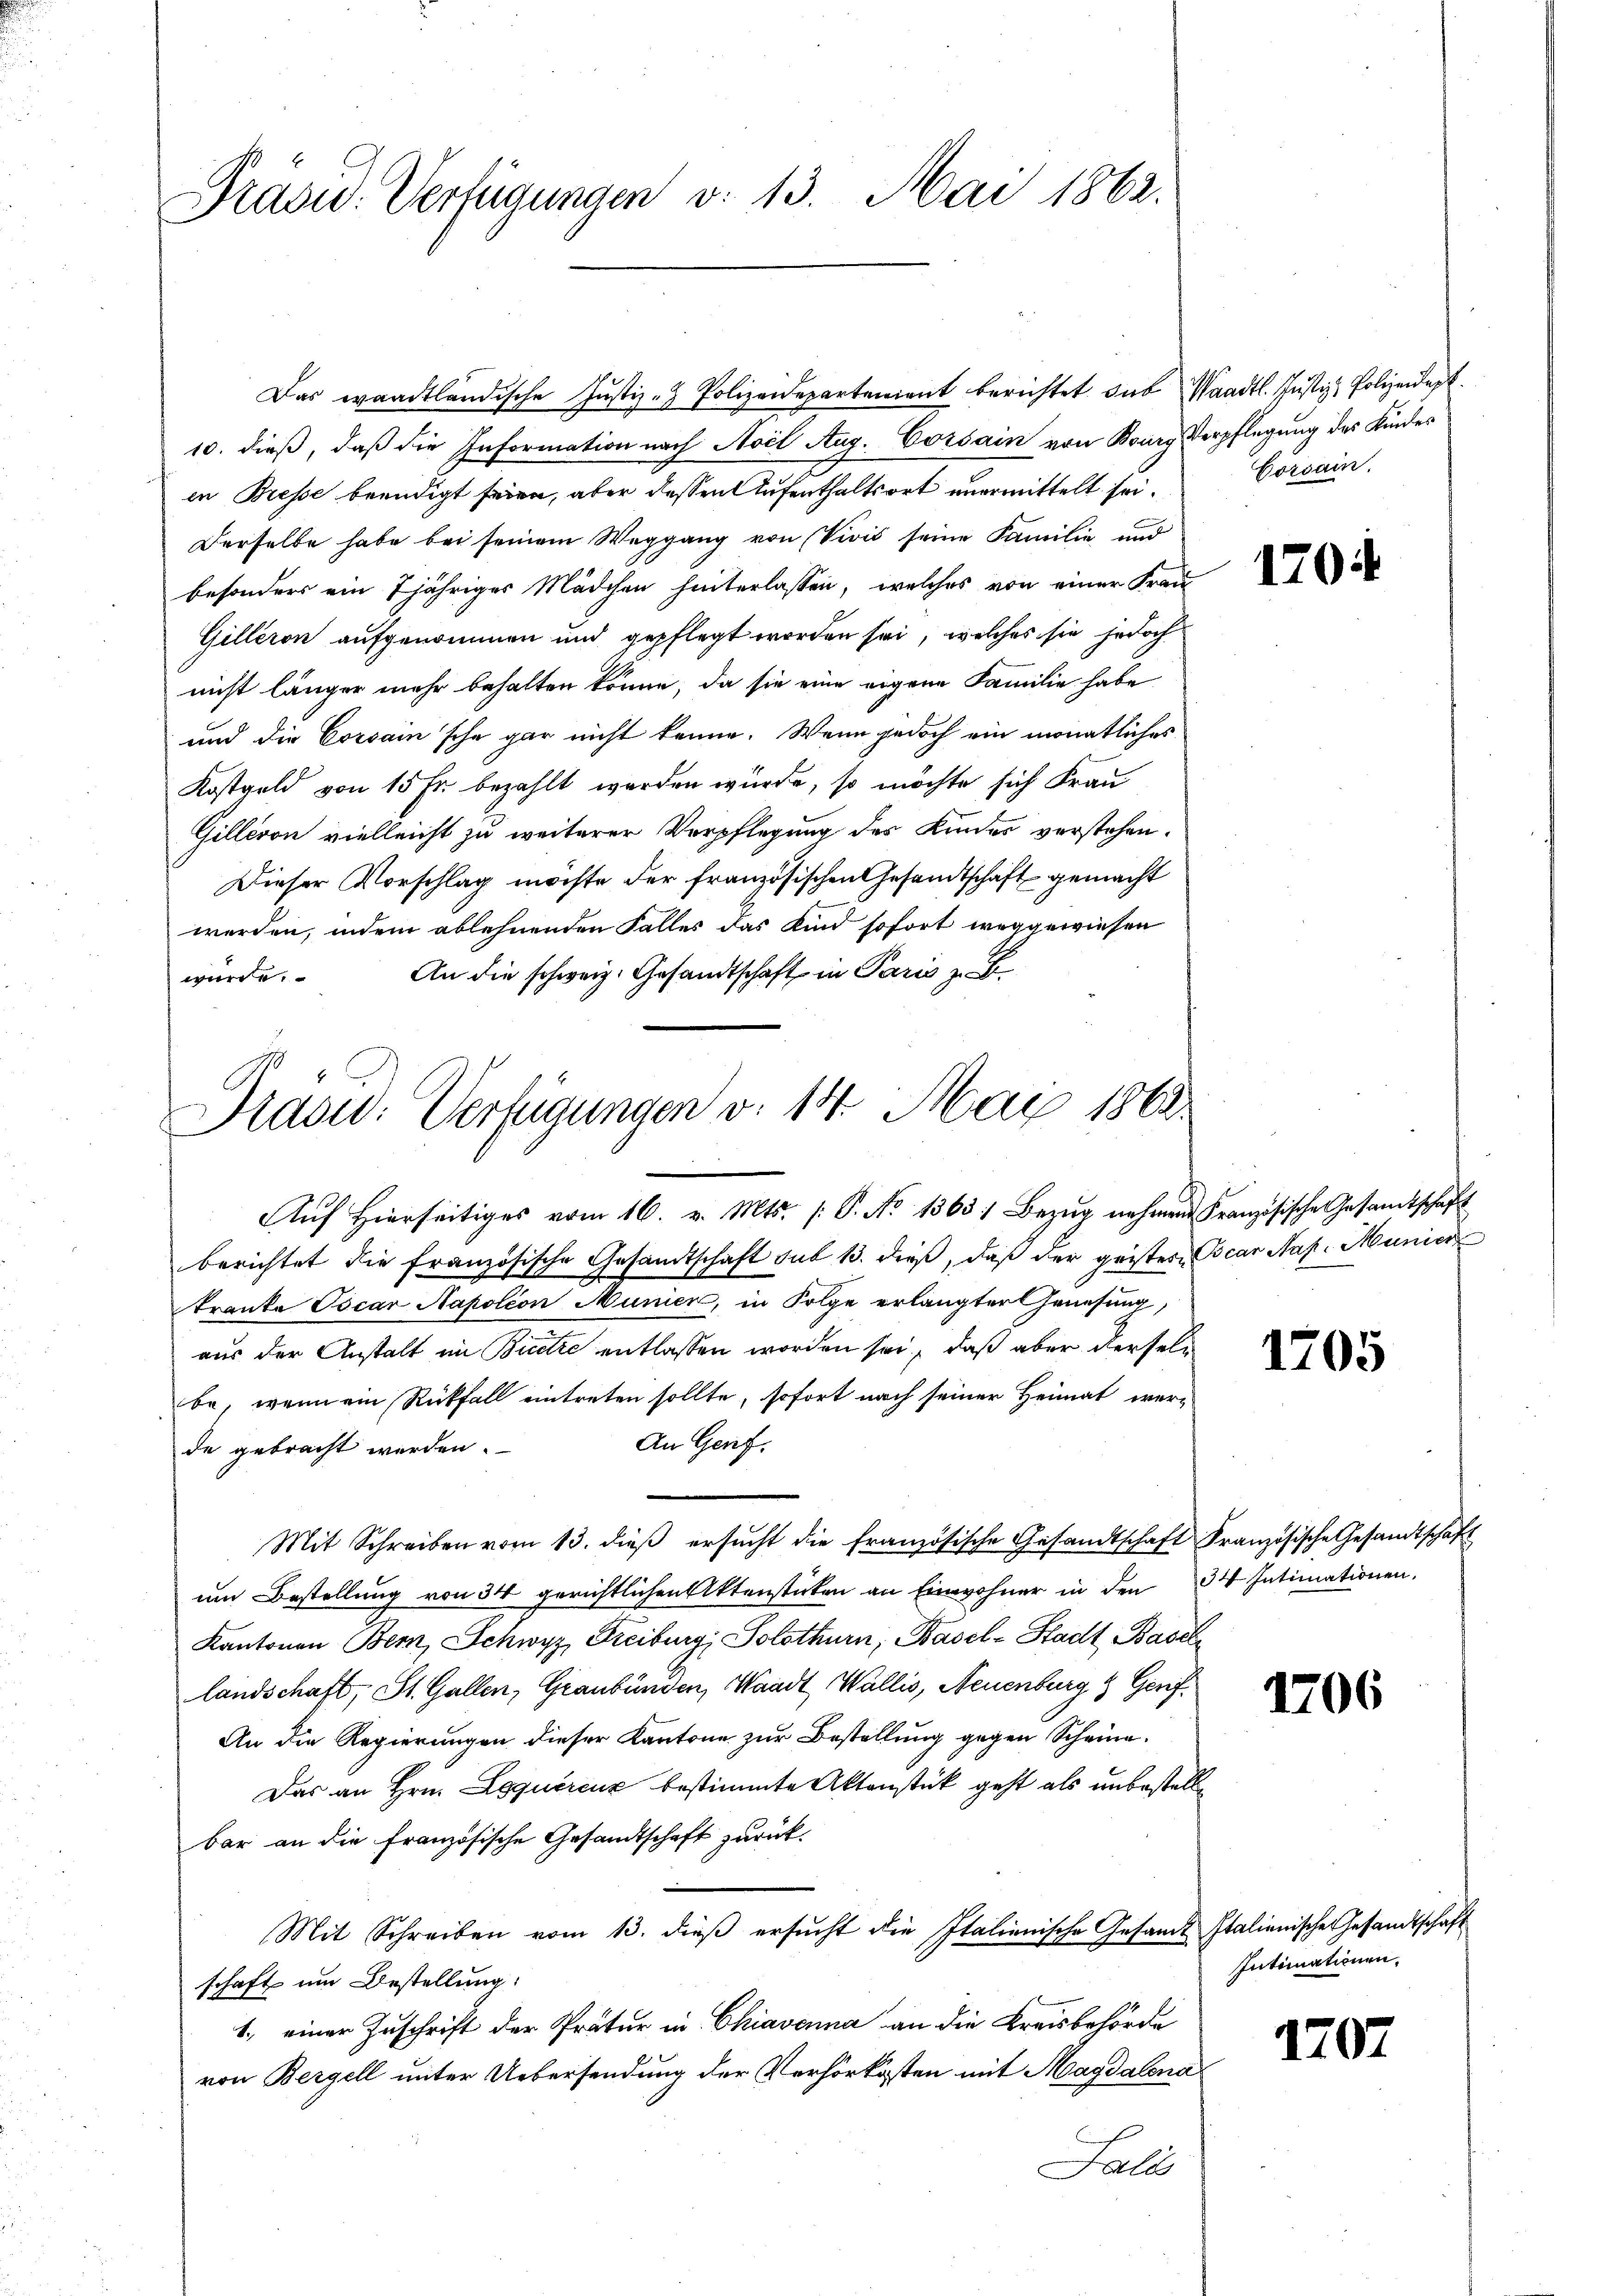
Präsid. Verfügungen v. 13. Mai 1862.

Das waadtländische Justiz- & Polizeidepartenient berichtet das Waadt. Justiz, Polizeidep
10. dieß, daß die Information nach Aoil Aug. Vorsain von Bourg Verpflegung des Kinder
in Bresse beendigt seien, aber dessen Aufenthaltsort unermittelt sei.
Derselbe habe bei seinem Weggang von Viris seine Familie und
besonders ein 7jähriges Mädchen hinterlassen, welches von einer Frau-
Gilleron aufgenommen und gepflegt worden sei, welches sie jedoch
nicht länger mehr behalten könne, da sie eine eigene Familie habe
und die Corsain sche gar nicht kenne. Wenn jedoch ein monatliches
Kostgeld von 15 Fr. bezahlt werden würde, so möchte sich Frau
Gillison vielleicht zu weiterer Verpflegung des Kindes verstehen.
Dieser Vorschlag möchte der französischen Gesandtschaft gemacht
werden, indem ablehnenden Falles das Kind sofort weggewiesen
An die schweiz. Gesandtschaft in Paris zu B
würde.

Prasid: Verfügungen v. 14. Mai 1862.
Auf Hierseitiges vom 16. v. Mts. (: P. No 1363) Bezug nehmen Französische Gesamtschaft

berichtet die französische Gesandtschaft sub 13. dieß, daß der geistere Cocar Nat. Manier
kranke Oscar Napoléon Munien, in Folge erlangter Genesung,
aus der Anstalt im Bretze entlassen worden sei, daß aber derselbe, wenn ein Rückfall eintreten sollte, sofort nach seiner Heimat wer¬
An Genf.
de gebracht werden.
Mit Schreiben vom 13. dieβ ersŭcht die französische Gesandtschaft Französische Gesandtschaft
um Bestellung von 34 gerichtlichen Aktenstücken an Einwohner in den 34 Intimationen.
Kantonen Bern, Schwyz, Freiburg, Solothurn, Basel-Stadt Baseln
landschaft, St. Gallen, Graubünden, Waadt, Wallis, Neuenburg & Genf
An die Regierungen dieser Kantone zur Bestellung gegen Scheine¬
Das an Hrn. Loquéreuz bestimmte Aktenstück geht als unbestelle
bar an die französische Gesandtschaft zurück¬
Mit Schreiben vom 13. dieβ ersŭcht die Italienische Gesamt Italienischen Gesandtschaft
schaft um Bestellung:
1.) einer Zuschrift der Pratur in Chiavenna an die Kreisbehörde
von Bergell unter Uebersendung der Verhörkosten mit Magdalena
Salis

Corsain.

1704

1705

1706

Intimationen,

1707